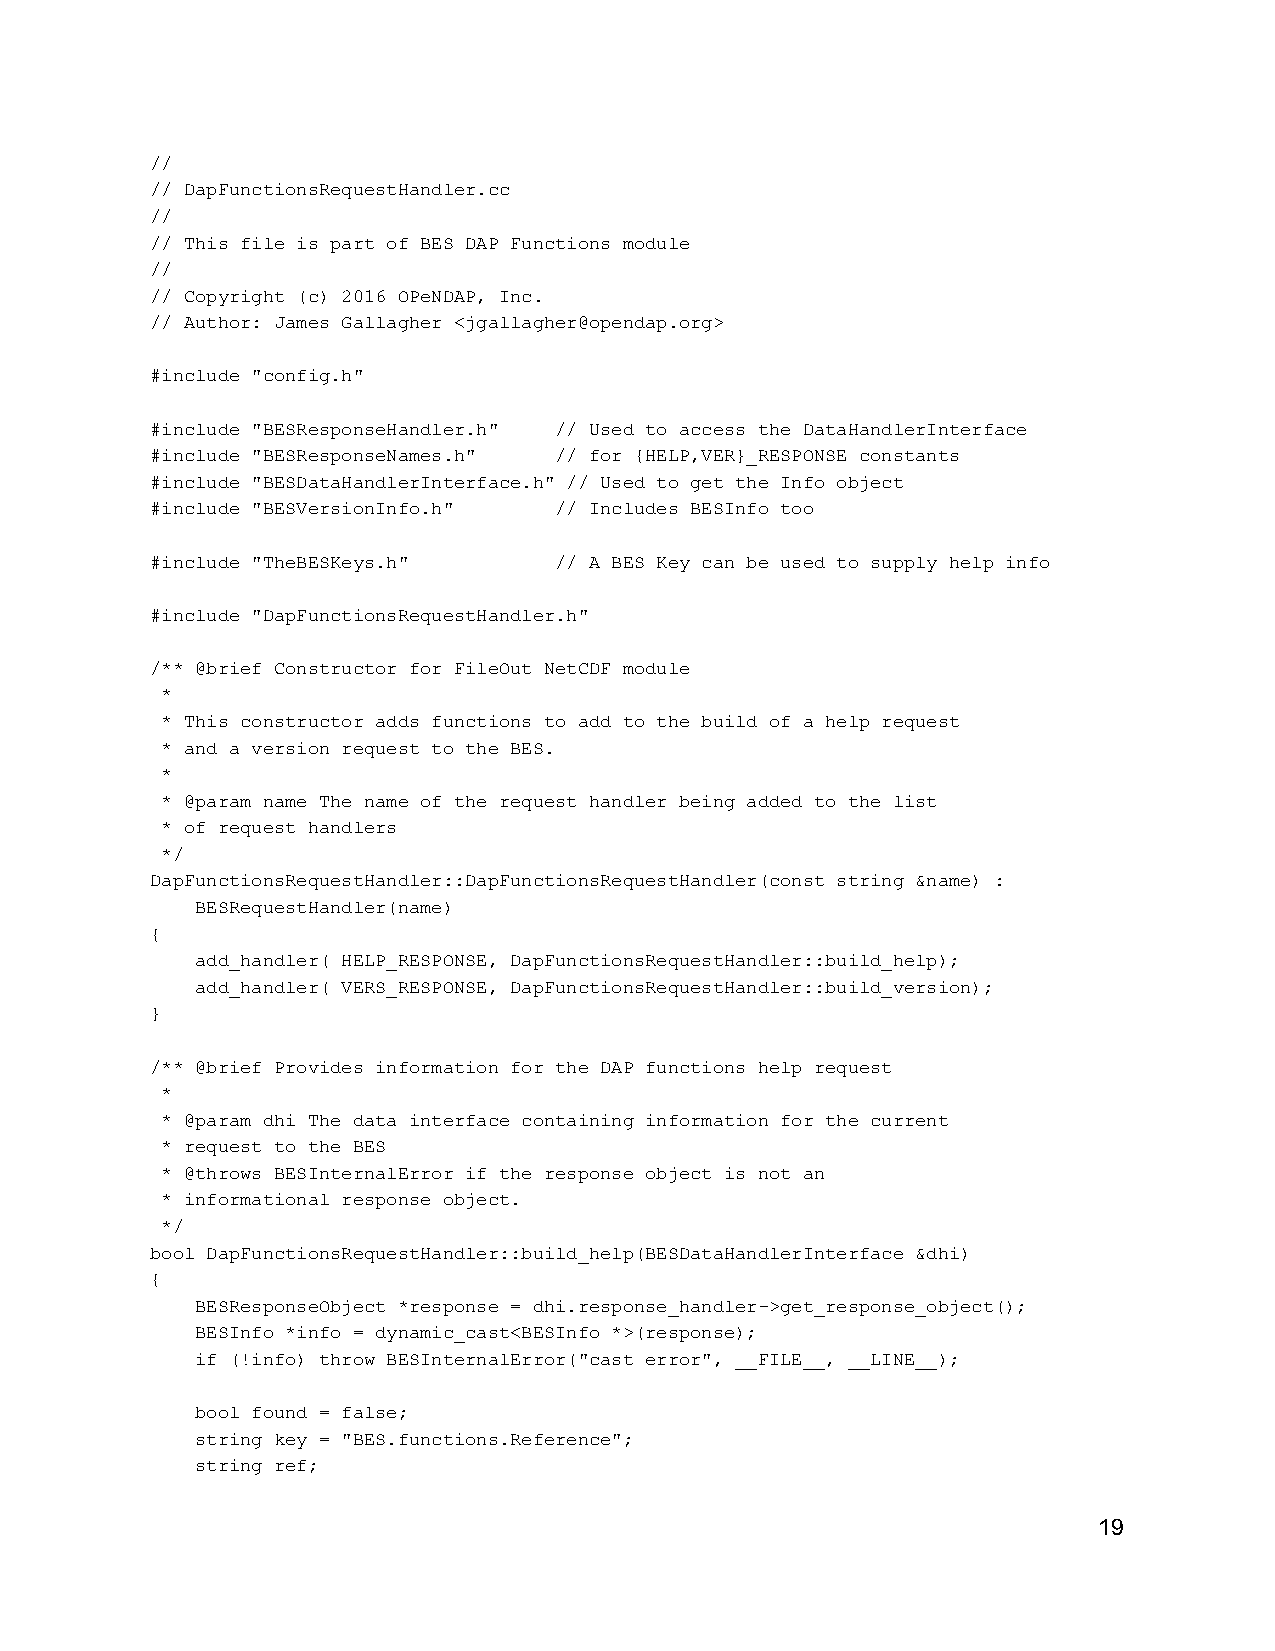
//
 // DapFunctionsRequestHandler.cc
 //
 // This file is part of BES DAP Functions module
 //
 // Copyright (c) 2016 OPeNDAP, Inc.
 // Author: James Gallagher <jgallagher@opendap.org>
 #include "config.h"
 #include "BESResponseHandler.h" // Used to access the DataHandlerInterface
 #include "BESResponseNames.h" // for {HELP,VER}_RESPONSE constants
 #include "BESDataHandlerInterface.h" // Used to get the Info object
 #include "BESVersionInfo.h" // Includes BESInfo too
 #include "TheBESKeys.h"    // A BES Key can be used to supply help info
 #include "DapFunctionsRequestHandler.h"
 /** @brief Constructor for FileOut NetCDF module
 *
 * This constructor adds functions to add to the build of a help request
 * and a version request to the BES.
 *
 * @param name The name of the request handler being added to the list
 * of request handlers
 */
 DapFunctionsRequestHandler::DapFunctionsRequestHandler(const string &name) :
 BESRequestHandler(name)
 {
 add_handler( HELP_RESPONSE, DapFunctionsRequestHandler::build_help);
 add_handler( VERS_RESPONSE, DapFunctionsRequestHandler::build_version);
 }
 /** @brief Provides information for the DAP functions help request
 *
 * @param dhi The data interface containing information for the current
 * request to the BES
 * @throws BESInternalError if the response object is not an
 * informational response object.
 */
 bool DapFunctionsRequestHandler::build_help(BESDataHandlerInterface &dhi)
 {
 BESResponseObject *response = dhi.response_handler­>get_response_object();
 BESInfo *info = dynamic_cast<BESInfo *>(response);
 if (!info) throw BESInternalError("cast error", __FILE__, __LINE__);
 bool found = false;
 string key = "BES.functions.Reference";
 string ref;
 19